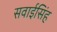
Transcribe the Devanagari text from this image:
सवाईसिंह